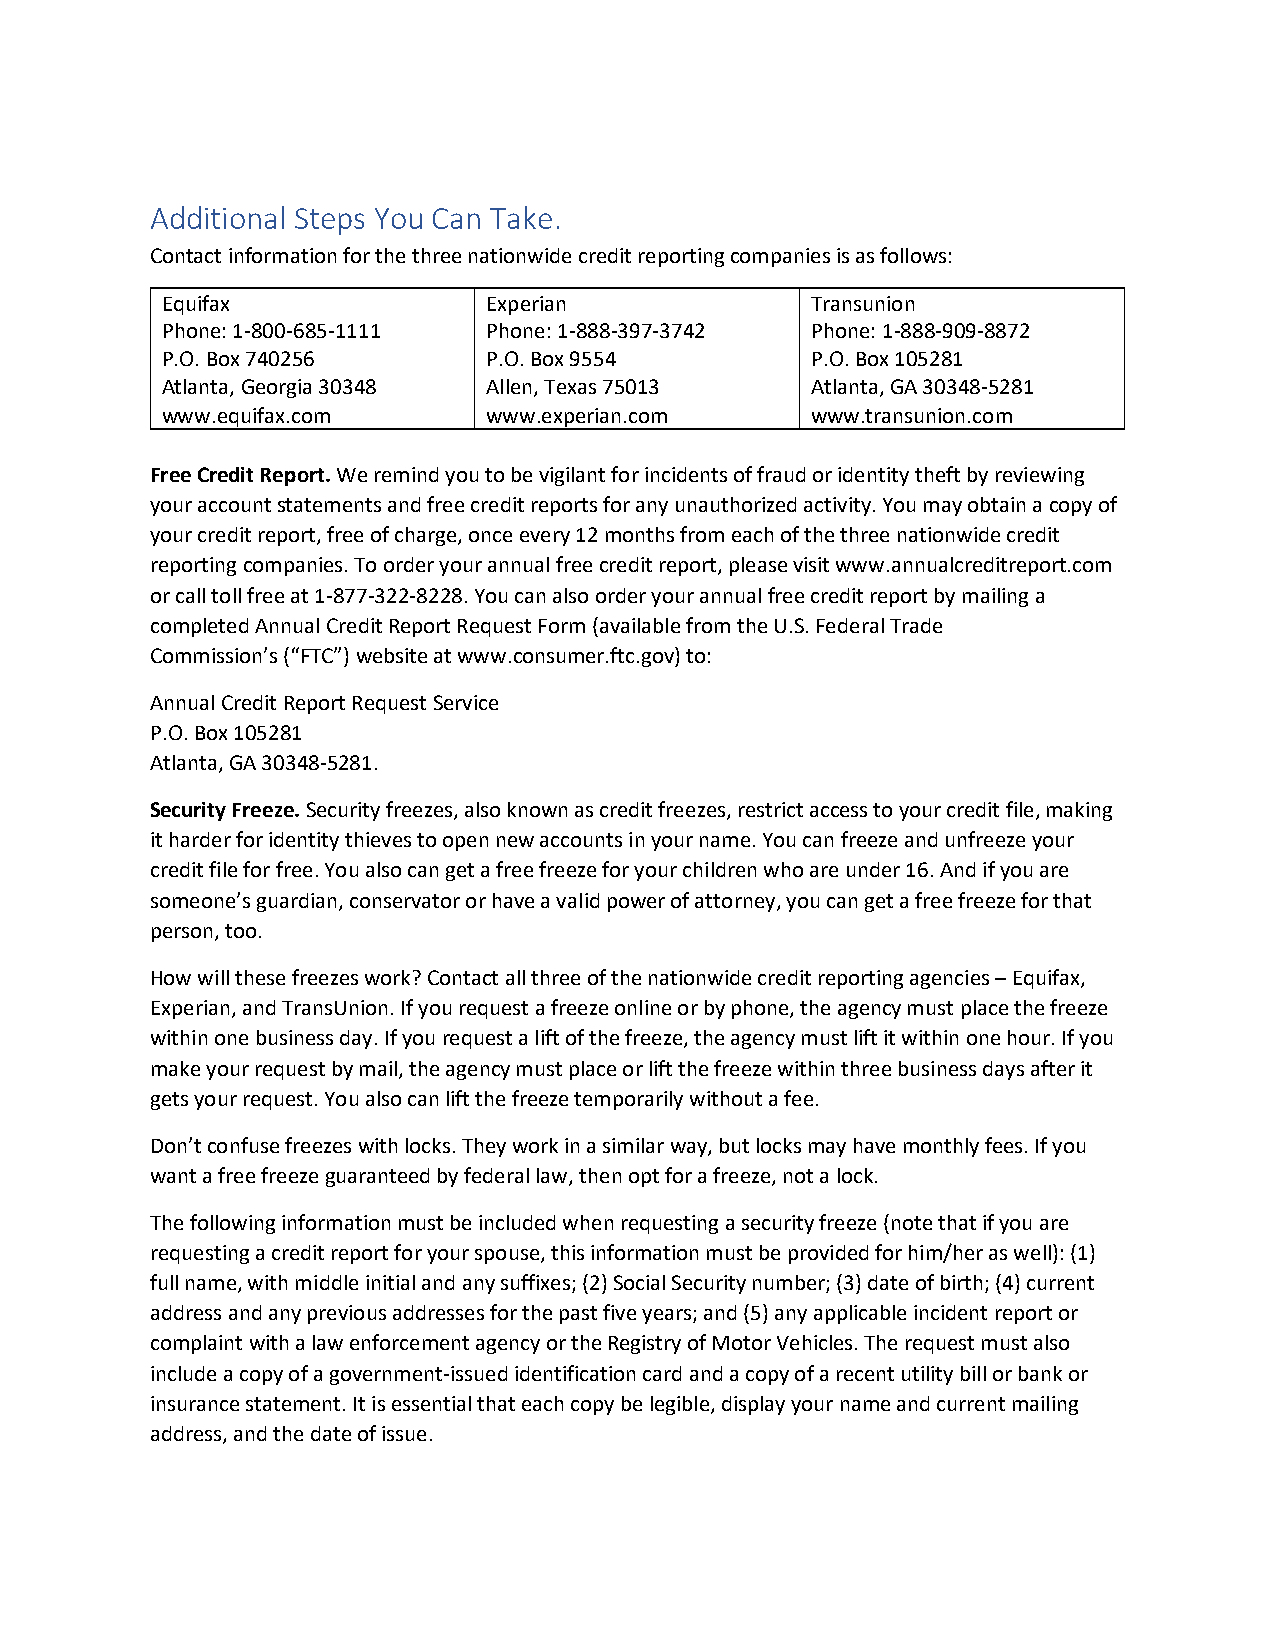
Additional Steps You Can Take.
 Contact information for the three nationwide credit reporting companies is as follows:
 Equifax              Experian              Transunion
 Phone: 1-800-685-1111 Phone: 1-888-397-3742 Phone: 1-888-909-8872
 P.O. Box 740256      P.O. Box 9554         P.O. Box 105281
 Atlanta, Georgia 30348 Allen, Texas 75013  Atlanta, GA 30348-5281
 www.equifax.com      www.experian.com      www.transunion.com
 Free Credit Report. We remind you to be vigilant for incidents of fraud or identity theft by reviewing
 your account statements and free credit reports for any unauthorized activity. You may obtain a copy of
 your credit report, free of charge, once every 12 months from each of the three nationwide credit
 reporting companies. To order your annual free credit report, please visit www.annualcreditreport.com
 or call toll free at 1-877-322-8228. You can also order your annual free credit report by mailing a
 completed Annual Credit Report Request Form (available from the U.S. Federal Trade
 Commission’s (“FTC”) website at www.consumer.ftc.gov) to:
 Annual Credit Report Request Service
 P.O. Box 105281
 Atlanta, GA 30348-5281.
 Security Freeze. Security freezes, also known as credit freezes, restrict access to your credit file, making
 it harder for identity thieves to open new accounts in your name. You can freeze and unfreeze your
 credit file for free. You also can get a free freeze for your children who are under 16. And if you are
 someone’s guardian, conservator or have a valid power of attorney, you can get a free freeze for that
 person, too.
 How will these freezes work? Contact all three of the nationwide credit reporting agencies – Equifax,
 Experian, and TransUnion. If you request a freeze online or by phone, the agency must place the freeze
 within one business day. If you request a lift of the freeze, the agency must lift it within one hour. If you
 make your request by mail, the agency must place or lift the freeze within three business days after it
 gets your request. You also can lift the freeze temporarily without a fee.
 Don’t confuse freezes with locks. They work in a similar way, but locks may have monthly fees. If you
 want a free freeze guaranteed by federal law, then opt for a freeze, not a lock.
 The following information must be included when requesting a security freeze (note that if you are
 requesting a credit report for your spouse, this information must be provided for him/her as well): (1)
 full name, with middle initial and any suffixes; (2) Social Security number; (3) date of birth; (4) current
 address and any previous addresses for the past five years; and (5) any applicable incident report or
 complaint with a law enforcement agency or the Registry of Motor Vehicles. The request must also
 include a copy of a government-issued identification card and a copy of a recent utility bill or bank or
 insurance statement. It is essential that each copy be legible, display your name and current mailing
 address, and the date of issue.